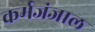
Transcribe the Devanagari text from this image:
कर्मजंजाल